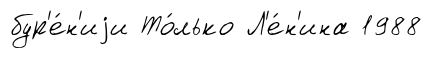
бур'е́н'иjи То́лько Л'е́н'ина 1988